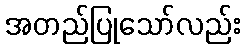
အတည်ပြုသော်လည်း